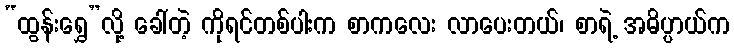
“ထွန်းရွှေ”လို့ ခေါ်တဲ့ ကိုရင်တစ်ပါးက စာကလေး လာပေးတယ်၊ စာရဲ့ အဓိပ္ပာယ်က